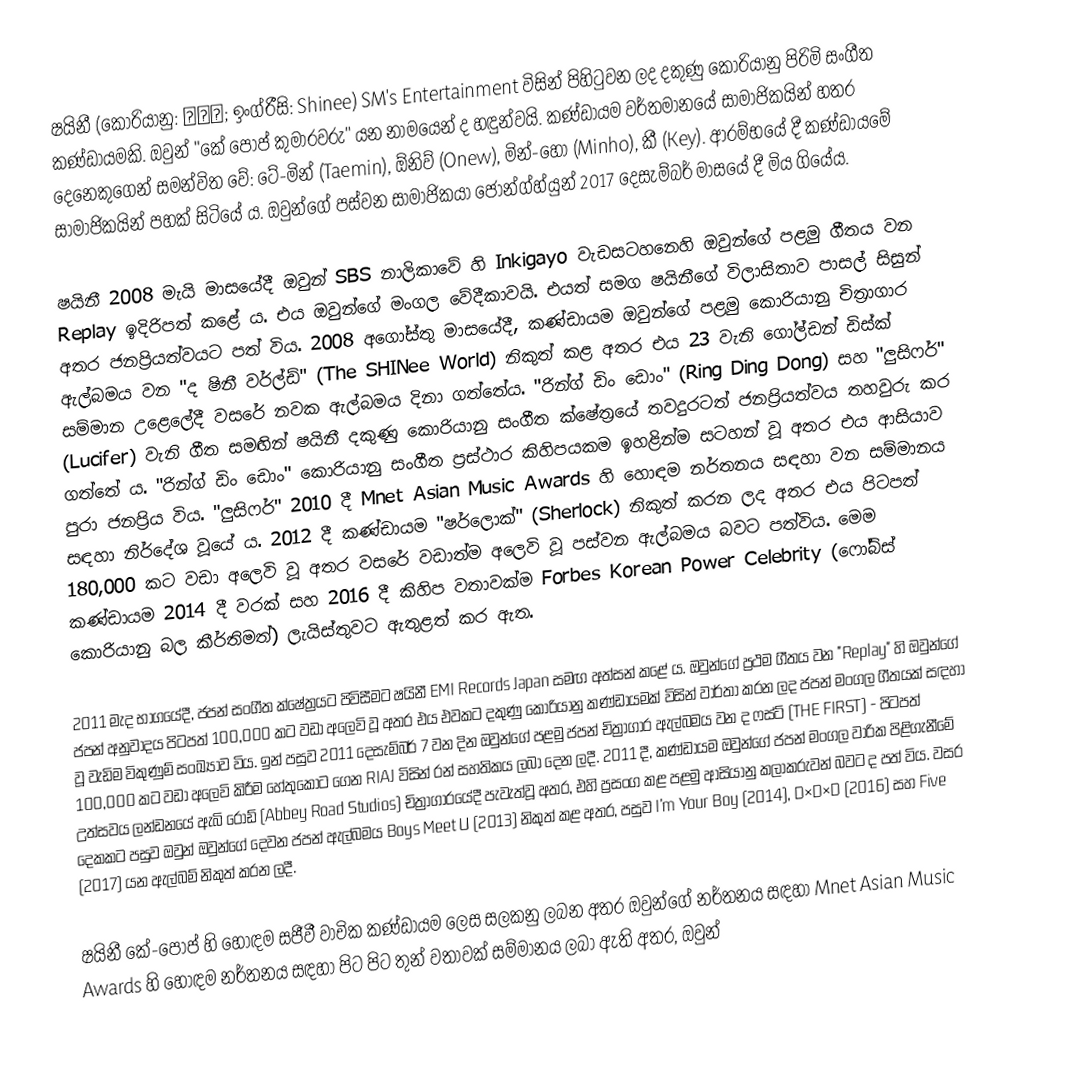
ෂයිනී (කොරියානු: 샤이니; ඉංග්රීසි: Shinee) SM's Entertainment විසින් පිහිටුවන ලද දකුණු කොරියානු පිරිමි සංගීත කණ්ඩායමකි. ඔවුන් "කේ පොප් කුමාරවරු" යන නාමයෙන් ද හඳුන්වයි. කණ්ඩායම වර්තමානයේ සාමාජිකයින් හතර දෙනෙකුගෙන් සමන්විත වේ: ටේ-මින් (Taemin), ඕනිව් (Onew), මින්-හෝ (Minho), කී (Key). ආරම්භයේ දී කණ්ඩායමේ සාමාජිකයින් පහක් සිටියේ ය. ඔවුන්ගේ පස්වන සාමාජිකයා ජොන්ග්හ්යුන් 2017 දෙසැම්බර් මාසයේ දී මිය ගියේය.

ෂයිනී 2008 මැයි මාසයේදී ඔවුන් SBS නාලිකාවේ හි Inkigayo වැඩසටහනෙහි ඔවුන්ගේ පළමු ගීතය වන Replay ඉදිරිපත් කළේ ය. එය ඔවුන්ගේ මංගල වේදීකාවයි. එයත් සමග ෂයිනීගේ විලාසිතාව පාසල් සිසුන් අතර ජනප්‍රියත්වයට පත් විය. 2008 අගෝස්තු මාසයේදී, කණ්ඩායම ඔවුන්ගේ පළමු කොරියානු චිත්‍රාගාර ඇල්බමය වන "ද ෂිනී වර්ල්ඩ්" (The SHINee World) නිකුත් කළ අතර එය 23 වැනි ගෝල්ඩන් ඩිස්ක් සම්මාන උළෙලේදී වසරේ නවක ඇල්බමය දිනා ගත්තේය. "රින්ග් ඩිං ඩොං" (Ring Ding Dong) සහ "ලුසිෆර්" (Lucifer) වැනි ගීත සමඟින් ෂයිනී දකුණු කොරියානු සංගීත ක්ෂේත්‍රයේ තවදුරටත් ජනප්‍රියත්වය තහවුරු කර ගත්තේ ය. "රින්ග් ඩිං ඩොං" කොරියානු සංගීත ප්‍රස්ථාර කිහිපයකම ඉහළින්ම සටහන් වූ අතර එය ආසියාව පුරා ජනප්‍රිය විය. "ලුසිෆර්" 2010 දී Mnet Asian Music Awards හි හොඳම නර්තනය සඳහා වන සම්මානය සඳහා නිර්දේශ වූයේ ය. 2012 දී කණ්ඩායම "ෂර්ලොක්" (Sherlock) නිකුත් කරන ලද අතර එය පිටපත් 180,000 කට වඩා අලෙවි වූ අතර වසරේ වඩාත්ම අලෙවි වූ පස්වන ඇල්බමය බවට පත්විය. මෙම කණ්ඩායම 2014 දී වරක් සහ 2016 දී කිහිප වතාවක්ම  Forbes Korean Power Celebrity (ෆෝබ්ස් කොරියානු බල කීර්තිමත්) ලැයිස්තුවට ඇතුළත් කර ඇත.

2011 මැද භාගයේදී, ජපන් සංගීත ක්ෂේත්‍රයට පිවිසීමට ෂයිනී EMI Records Japan සමඟ අත්සන් කළේ ය. ඔවුන්ගේ ප්‍රථම ගීතය වන "Replay" හි ඔවුන්ගේ ජපන් අනුවාදය පිටපත් 100,000 කට වඩා අලෙවි වූ අතර එය එවකට දකුණු කොරියානු කණ්ඩායමක් විසින් වාර්තා කරන ලද ජපන් මංගල ගීතයක් සඳහා වූ වැඩිම විකුණුම් සංඛ්‍යාව විය. ඉන් පසුව 2011 දෙසැම්බර් 7 වන දින ඔවුන්ගේ පළමු ජපන් චිත්‍රාගාර ඇල්බමය වන ද ෆස්ට් (THE FIRST) - පිටපත් 100,000 කට වඩා අලෙවි කිරීම හේතුකොට ගෙන RIAJ විසින් රන් සහතිකය ලබා දෙන ලදී. 2011 දී, කණ්ඩායම ඔවුන්ගේ ජපන් මංගල වාරික පිළිගැනීමේ උත්සවය ලන්ඩනයේ ඇබි රෝඩ් (Abbey Road Studios) චිත්‍රාගාරයේදී  පැවැත්වූ අතර, එහි ප්‍රසංග කළ පළමු ආසියානු කලාකරුවන් බවට ද පත් විය. වසර දෙකකට පසුව ඔවුන් ඔවුන්ගේ දෙවන ජපන් ඇල්බමය Boys Meet U (2013) නිකුත් කළ අතර, පසුව I'm Your Boy (2014), D×D×D (2016) සහ Five (2017) යන ඇල්බම් නිකුත් කරන ලදී.

ෂයිනී කේ-පොප් හි හොඳම සජීවී වාචික කණ්ඩායම ලෙස සලකනු ලබන අතර ඔවුන්ගේ නර්තනය සඳහා Mnet Asian Music Awards හි හොඳම නර්තනය සඳහා පිට පිට තුන් වතාවක් සම්මානය ලබා ඇති අතර, ඔවුන්